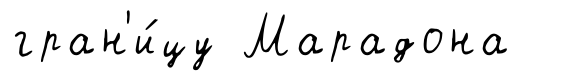
гран'и́цу Марадона